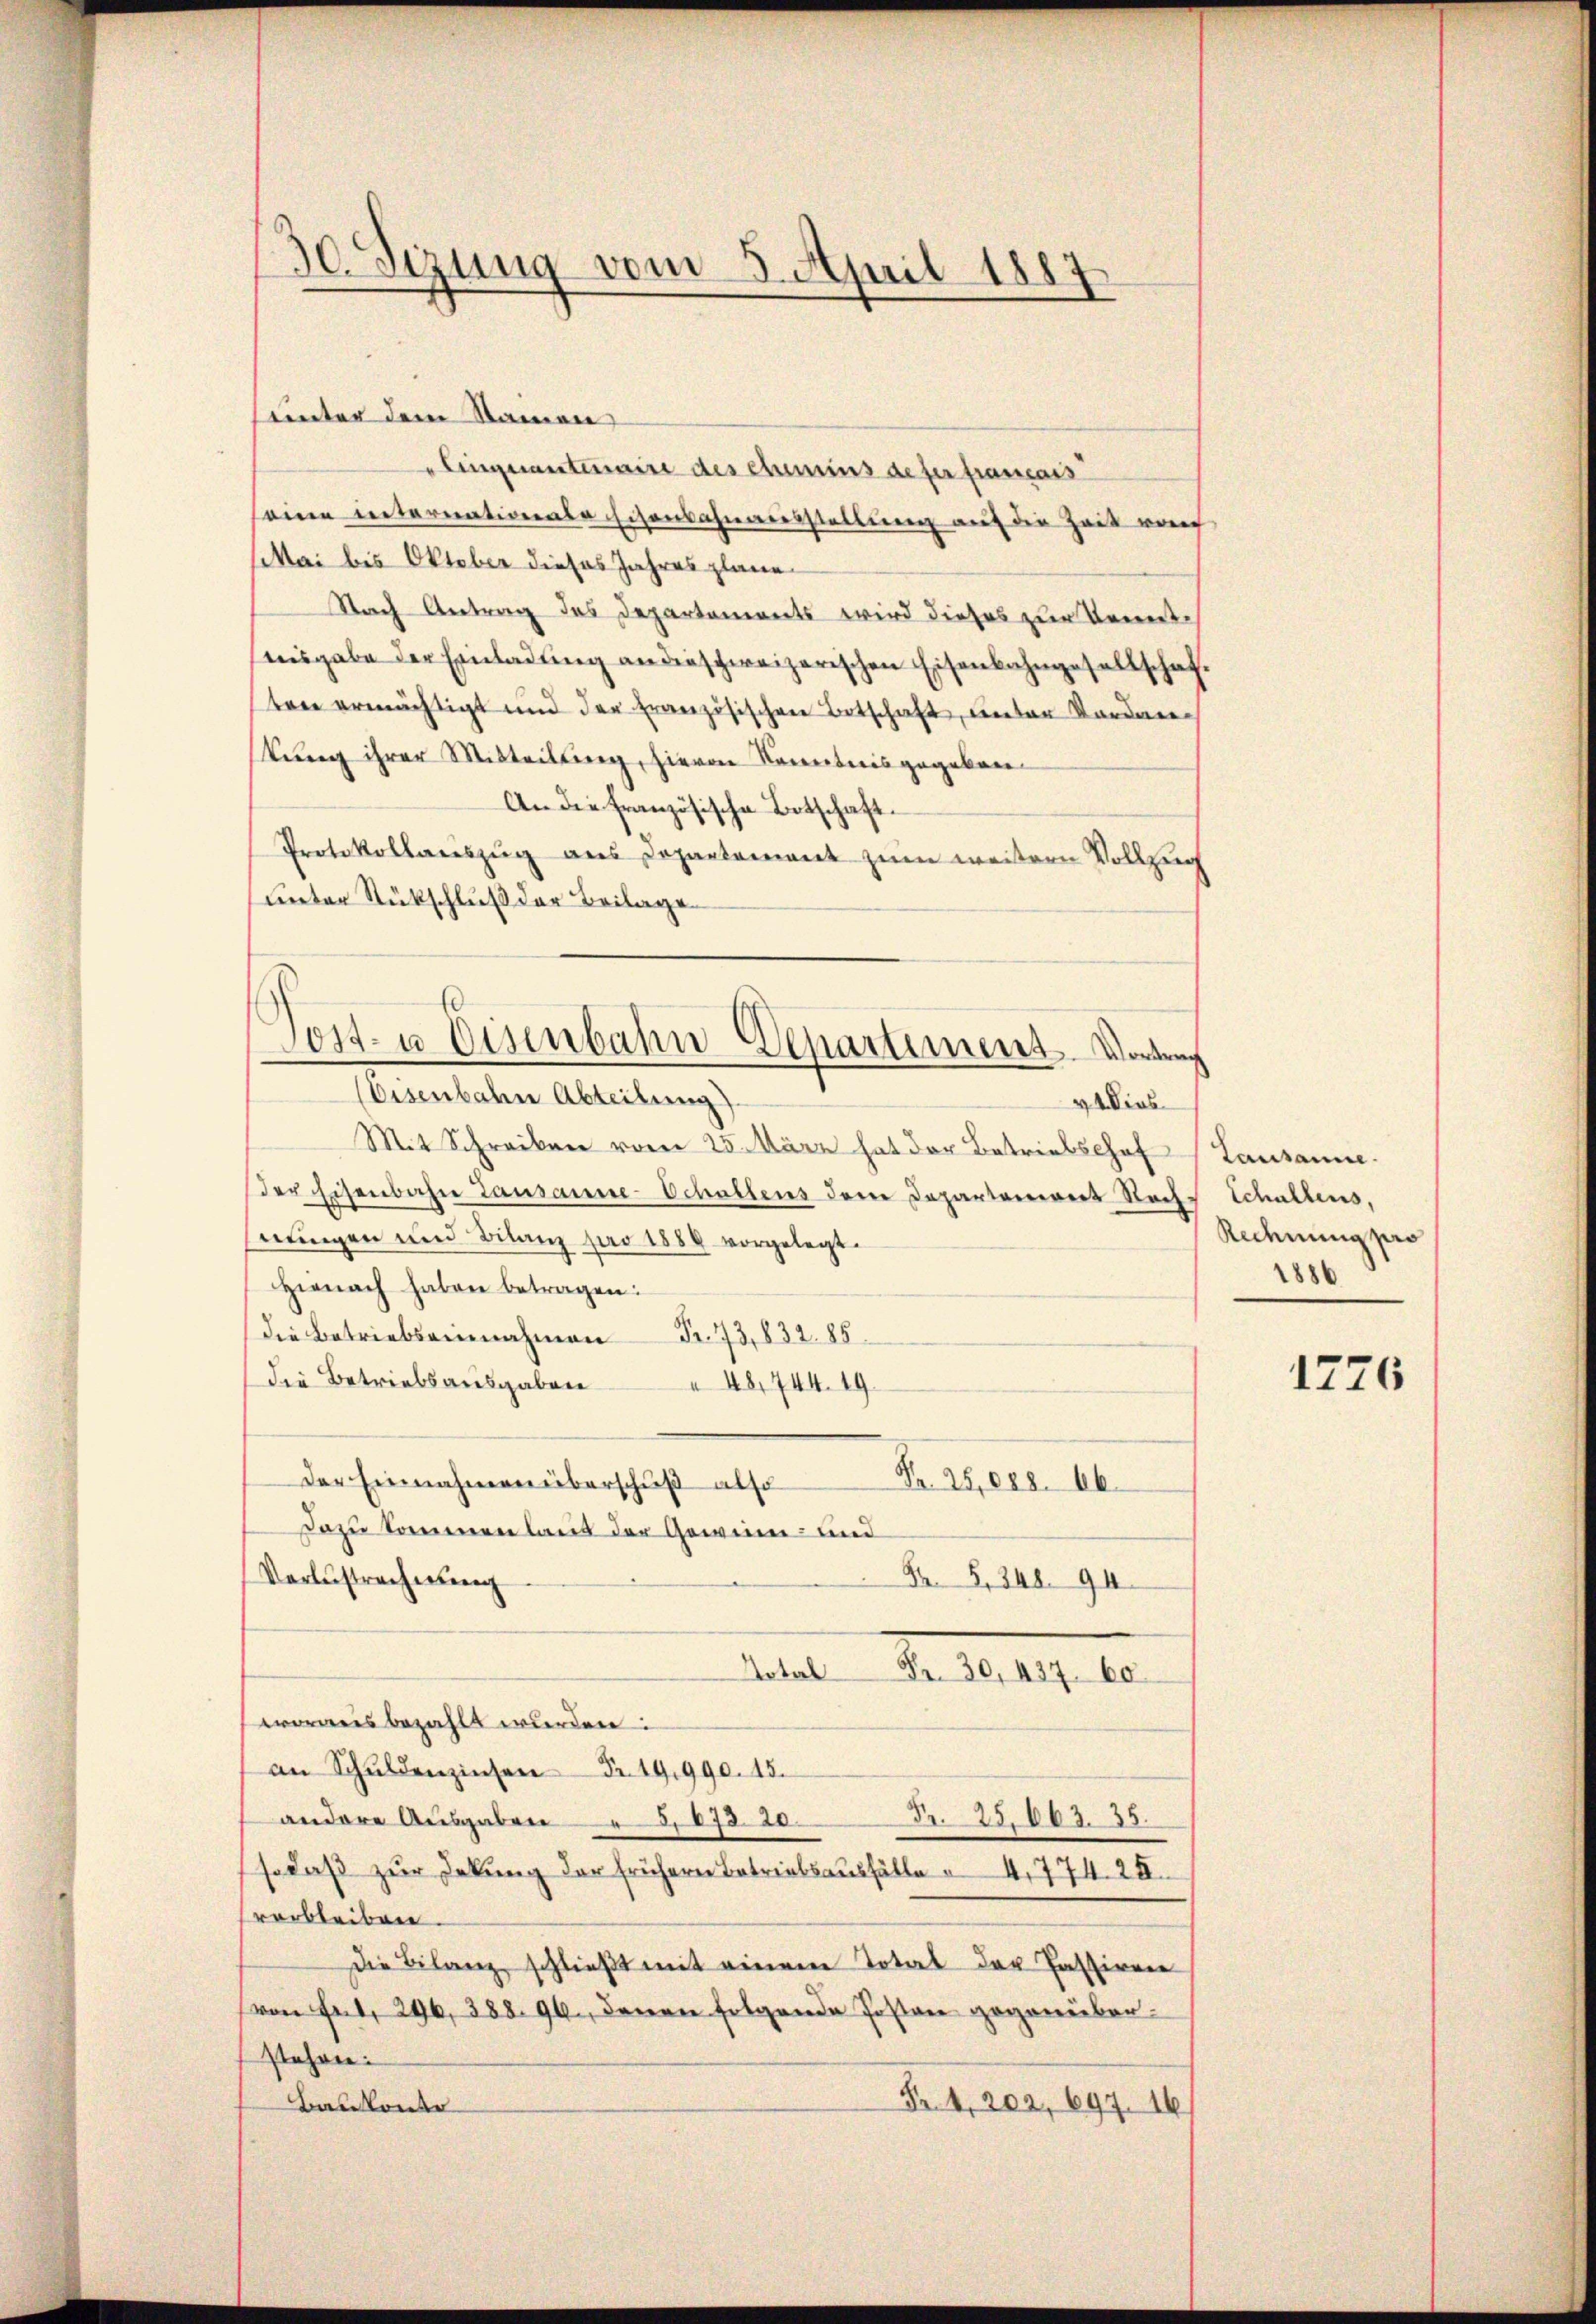
30. Sizung vom 5. April 1887

unter dem Rammen
" Eingerantermaire des Chemins deser francais
eine internationale schonbahnausstellung auf die Zeit ve
Mai bis Oktober dieses Jahres plane
Nach Antrag des Departements wird dieses zur Kenntaisgabe der Einladung an dieschweizerischen Eisenbahngesellschaften ermächtigt und der französischen Botschaft, unter Sondere
tŭng ihrer Mitteilŭng, hievon Kenntnis gegeben.
An die Französische Botschaft.
Protokollauszug aus Departement zum weitern Vollzug
unter Rückschluß der Beilage
Mit Schreiben vom 25. März hat der Betriebschaf
der Eisenbahn Lausanne-Schallens dem Departement Nach-
nungen und Bilanz pro 1888 vorgelegt.
Hienach haben betragen:
die Betriebseinnahmen Fr. 73,832. 85.
die Betriebsausgaben
48,744. 19
Der Einnahmen überschuß also
Nr. 28,088. 66
Dazu kommen laut der Gewinn- und
Verlustrecherung
Fr. 348. 94.
Total
d. d. 149. 10.
wordes bezahlt wurden:
an Schuldenzinsen Fr. 19990. 15.
Nr. 25,662. 25.
andere Ausgaben " 5,673. 20.
so daβ zŭr Dekŭng der frühern Betriebsausfälle 4, 774. 28.
verbleiben.
die Bilanz schließt mit einem Total der Passiren
von Fr. 296, 388. 96., denen folgende Posten gegenüberstehen:
Fr. 4, 202, 697. 16
Balkonte

Post- u Eisenbahn Departement. Vortrag
(Eisenbahn Abteilung)
44 dies

Lausanne.
Schallens,
Rechnung pro
1886

1276